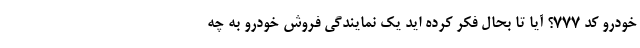
خودرو کد ۷۷۷؟ آیا تا بحال فکر کرده اید یک نمایندگی فروش خودرو به چه